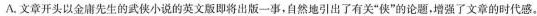
A.文章开头以金庸先生的武侠小说的英文版即将出版一事，自然地引出了有关”侠”的论题，增强了文章的时代感。